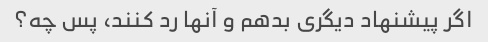
اگر پیشنهاد دیگری بدهم و آنها رد کنند، پس چه؟